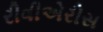
રીવીએરીસ